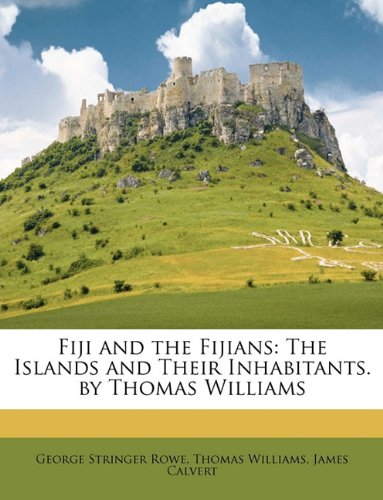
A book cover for Fiji and the Fijians: The Islands and Their Inhabitants. by Thomas Williams; George Stringer Rowe; History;